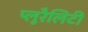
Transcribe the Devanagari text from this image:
प्लूरैलिटी